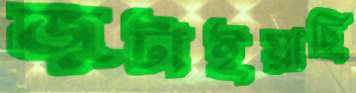
জুটাইয়াছি